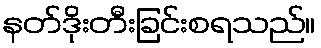
နတ်ဒိုးတီးခြင်းစရသည်။